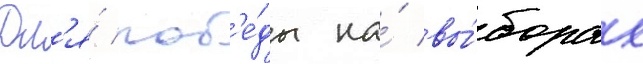
Дл'я́ поб'е́ды на́ вы́борах